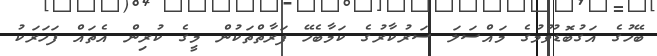
ބޭހުގެ އަގުބޮޑުވުމުގެ މައްސަލަ ސަރުކާރުގެ ކަމާބެހޭ ފަރާތްތަކުން މީގެ ކުރިން އެތައް ފަހަރަކު